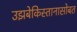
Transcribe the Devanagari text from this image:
उझबेकिस्तानासोबत